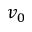
v _ { 0 }